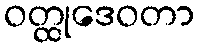
ဝတ္ထုဒေဝတာ